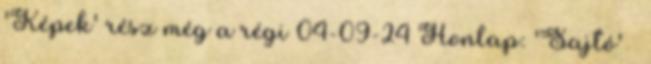
'Képek' rész még a régi 04-09-24 Honlap: 'Sajtó' »